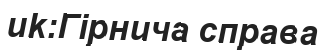
uk:Гірнича справа